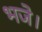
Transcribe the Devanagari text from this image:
भजे।